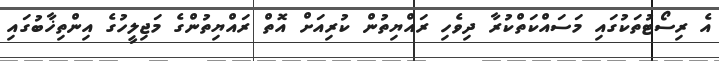
އެ ރިސޯޓުތަކުގައި މަސައްކަތްކުރާ ދިވެހި ރައްޔިތުން ކުރިއަށް އޮތް ރައްޔިތުންގެ މަޖިލީހުގެ އިންތިޚާބުގައި